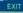
exit